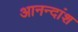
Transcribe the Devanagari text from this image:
आनन्दांश